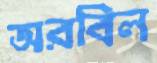
অরবিল